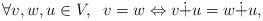
LaTeX: \begin{align*} \forall v,w, u \in V, \;\; v=w \Leftrightarrow v\dot{+}u=w\dot{+}u, \end{align*}